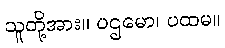
သူတို့အား။ ပဌမော၊ ပထမ။